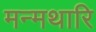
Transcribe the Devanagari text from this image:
मन्मथारि